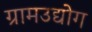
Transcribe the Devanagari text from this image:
ग्रामउद्योग